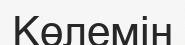
Көлемін